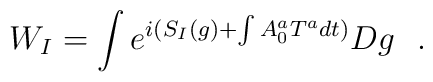
W_{I}=\int e^{i(S_{I}(g) + \int A_{0}^{a}T^{a} dt)} Dg\ \ .